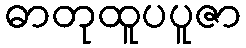
ဓာတုထူပပူဇာ